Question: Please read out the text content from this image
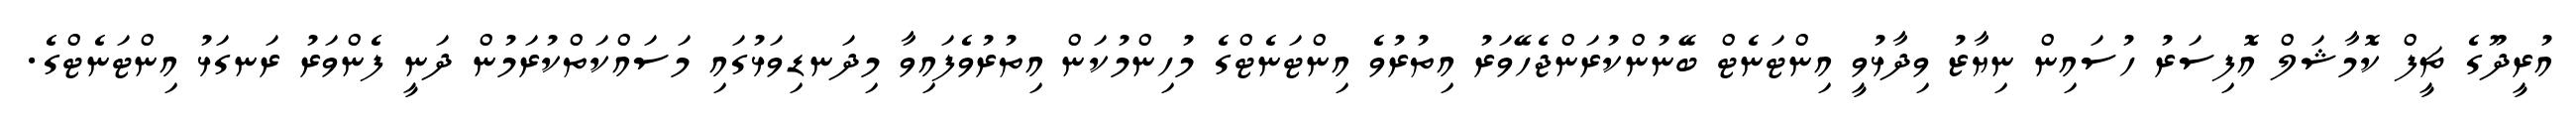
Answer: އުރީދޫގެ ޗީފް ކޮމާޝަލް އޮފިސަރު ހުސައިން ނިޔާޒު ވިދާޅުވީ އިންޓަނެޓް ބޭނުންކުރަންޖެހޭވަރު އިތުރުވެ އިންޓަނެޓްގެ މުހިންމުކަން އިތުރުވެފައިވާ މިދަނޑިވަޅުގައި މަސައްކަތްކުރަމުން ދަނީ ފެންވަރު ރަނގަޅު އިންޓަނެޓްގެ.